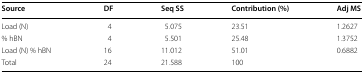
<table><thead><tr><td><b>Source</b></td><td><b>DF</b></td><td><b>Seq SS</b></td><td><b>Contribution (%)</b></td><td><b>Adj MS</b></td></tr></thead><tbody><tr><td>Load (N)</td><td>4</td><td>5.075</td><td>23.51</td><td>1.2627</td></tr><tr><td>% hBN</td><td>4</td><td>5.501</td><td>25.48</td><td>1.3752</td></tr><tr><td>Load (N) % hBN</td><td>16</td><td>11.012</td><td>51.01</td><td>0.6882</td></tr><tr><td>Total</td><td>24</td><td>21.588</td><td>100</td><td></td></tr></tbody></table>